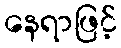
နေရာဖြင့်